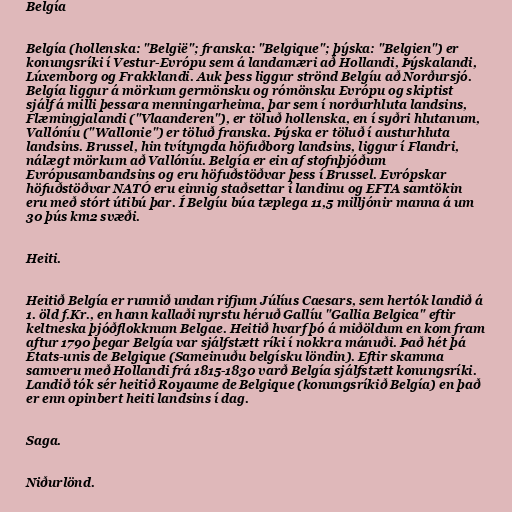
Belgía

Belgía (hollenska: "België"; franska: "Belgique"; þýska: "Belgien") er
konungsríki í Vestur-Evrópu sem á landamæri að Hollandi, Þýskalandi,
Lúxemborg og Frakklandi. Auk þess liggur strönd Belgíu að Norðursjó.
Belgía liggur á mörkum germönsku og rómönsku Evrópu og skiptist
sjálf á milli þessara menningarheima, þar sem í norðurhluta landsins,
Flæmingjalandi ("Vlaanderen"), er töluð hollenska, en í syðri hlutanum,
Vallóníu ("Wallonie") er töluð franska. Þýska er töluð í austurhluta
landsins. Brussel, hin tvítyngda höfuðborg landsins, liggur í Flandri,
nálægt mörkum að Vallóníu. Belgía er ein af stofnþjóðum
Evrópusambandsins og eru höfuðstöðvar þess í Brussel. Evrópskar
höfuðstöðvar NATÓ eru einnig staðsettar í landinu og EFTA samtökin
eru með stórt útibú þar. Í Belgíu búa tæplega 11,5 milljónir manna á um
30 þús km2 svæði.

Heiti.

Heitið Belgía er runnið undan rifjum Júlíus Caesars, sem hertók landið á
1. öld f.Kr., en hann kallaði nyrstu héruð Gallíu "Gallia Belgica" eftir
keltneska þjóðflokknum Belgae. Heitið hvarf þó á miðöldum en kom fram
aftur 1790 þegar Belgía var sjálfstætt ríki í nokkra mánuði. Það hét þá
États-unis de Belgique (Sameinuðu belgísku löndin). Eftir skamma
samveru með Hollandi frá 1815-1830 varð Belgía sjálfstætt konungsríki.
Landið tók sér heitið Royaume de Belgique (konungsríkið Belgía) en það
er enn opinbert heiti landsins í dag.

Saga.

Niðurlönd.